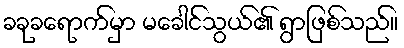
ခခုခရောက်မှာ မခေါင်သွယ်၏ ရွာဖြစ်သည်။